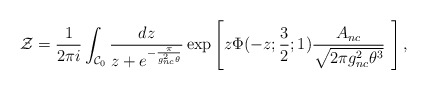
\begin{align*}{\cal Z}=\frac{1}{2\pi i}\int_{{\cal C}_0}\frac{dz}{z+e^{-\frac{\pi}{g^2_{nc}\theta}}}\exp\left[z\Phi(-z;\frac{3}{2};1)\frac{A_{nc}}{\sqrt{2\pi g_{nc}^2\theta^3}}\,\,\right],\end{align*}